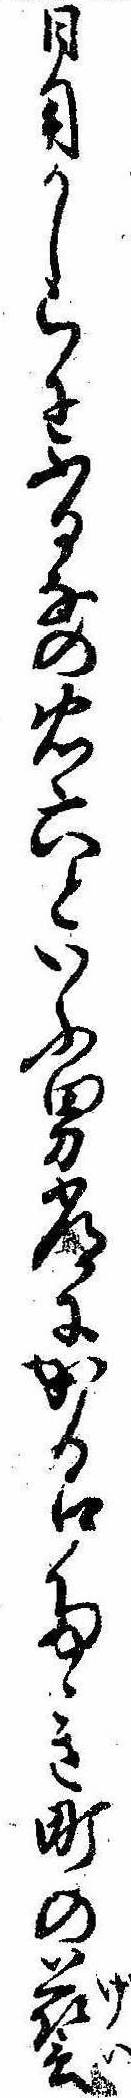
日用かしらにふるなの忠六といふ男常にかる口たゝき町の芸